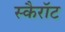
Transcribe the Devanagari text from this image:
स्कैरॉट